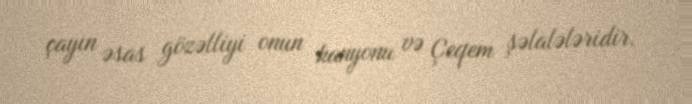
çayın əsas gözəlliyi onun kanyonu və Çeqem şəlalələridir.